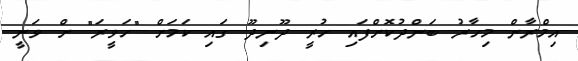
އިމްރާން މިހާރު ބަންދުކޮށްފައި ހުރީ ދޫނިދޫ ގައި ކަމަށް "ހަވީރަ" ށް ވަނީ